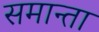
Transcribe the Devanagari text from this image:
समान्ता